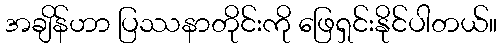
အချိန်ဟာ ပြဿနာတိုင်းကို ဖြေရှင်းနိုင်ပါတယ်။